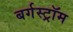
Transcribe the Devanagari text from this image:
बर्गस्ट्रॉम